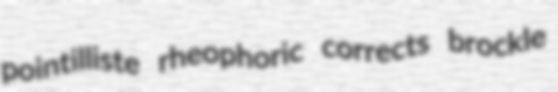
pointilliste rheophoric corrects brockle